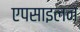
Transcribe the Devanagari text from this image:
एपसाइलन